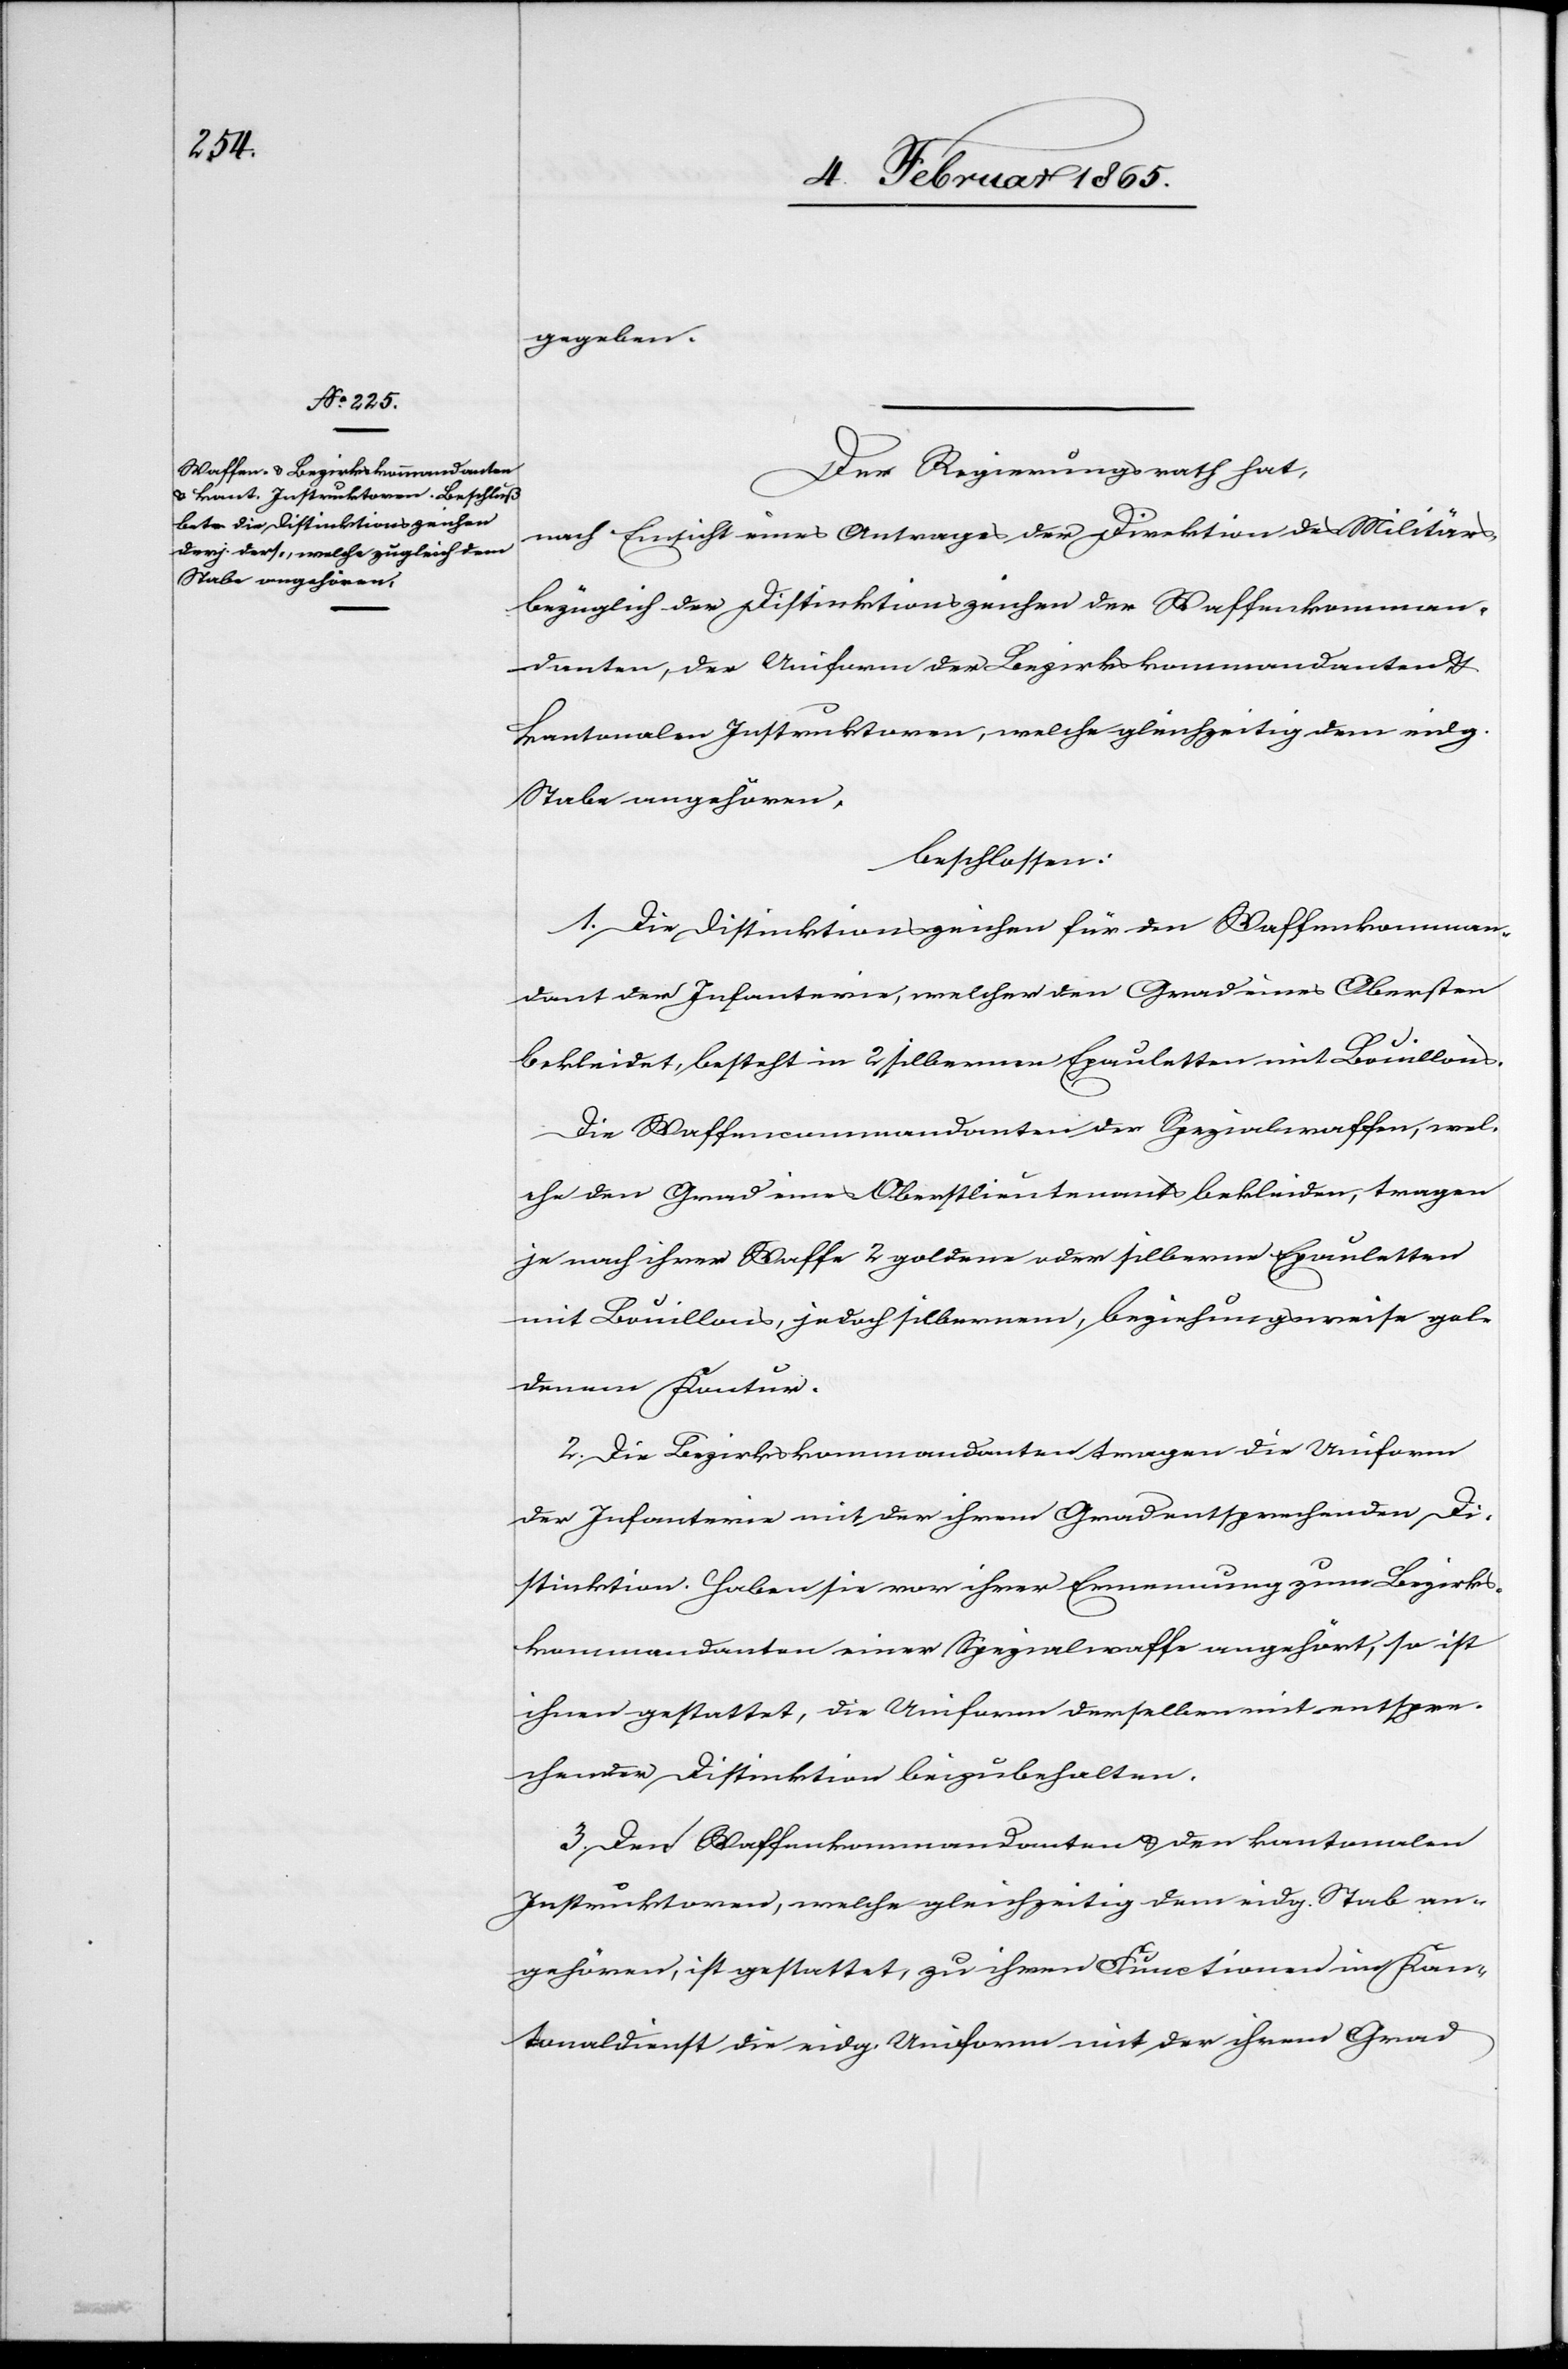
Der Regierungsrath hat,
nach Einsicht eines Antrages der Direktion des Militärs,
bezüglich der Distinktionszeichen der Waffenkomman¬
danten, der Uniform der Bezirkskommandanten u.
kantonalen Instruktoren, welche gleichzeitig dem eidg.
Stabe angehören,
beschlossen:
1. Die Distinktionszeichen für den Waffenkomman¬
dant der Infanterie, welcher den Grad eines Obersten
bekleidet, besteht in 2 silbernen Epauletten mit Bouillons.
Die Waffencommandanten der Spezialwaffe, wel¬
che den Grad eines Oberstlieutenants bekleiden, tragen
je nach ihrer Waffe 2 goldene oder silberne Epauletten
mit Bouillons, jedoch silbernem, beziehungsweise gol¬
denem Kontur.
2. Die Bezirkskommandanten tragen die Uniform
der Infanterie mit der ihrem Grad entsprechenden Di¬
stinktion. Haben sie vor ihrer Ernennung zum Bezirks¬
kommandanten einer Spezialwaffe angehört, so ist
ihnen gestattet, die Uniform derselben mit entspre¬
chender Distinktion beizubehalten.
3. Den Waffenkommandanten u. den kantonalen
Instruktoren, welche gleichzeitig dem eidg. Stab an¬
gehören, ist gestattet, zu ihren Functionen im Kan¬
tonaldienst die eidg. Uniform mit der ihrem Grad